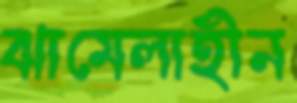
ঝামেলাহীন